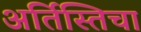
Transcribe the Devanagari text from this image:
अर्तिस्तिचा